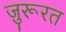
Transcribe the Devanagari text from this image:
ज़ुरूरत